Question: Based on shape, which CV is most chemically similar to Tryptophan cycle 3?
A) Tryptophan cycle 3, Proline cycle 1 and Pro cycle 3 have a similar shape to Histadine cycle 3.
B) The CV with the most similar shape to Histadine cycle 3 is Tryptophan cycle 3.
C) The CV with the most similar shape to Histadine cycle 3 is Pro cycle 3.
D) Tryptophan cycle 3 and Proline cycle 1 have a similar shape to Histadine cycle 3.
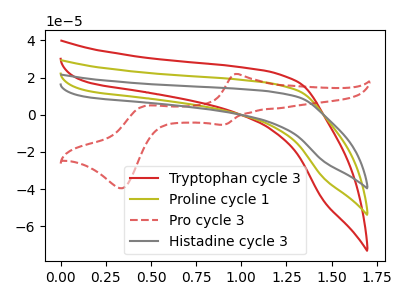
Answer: <think>The red curve "Tryptophan cycle 3" has no peaks. The olive curve "Proline cycle 1" has no peaks. The red dashed curve "Pro cycle 3" has anodic peaks at (0.95V, 21.90uA) (0.45V, 4.75uA) and cathodic peaks at (0.90V, -5.45uA) (0.35V, -39.50uA). The gray curve "Histadine cycle 3" has no peaks.
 Neither "Tryptophan cycle 3" or "Proline cycle 1" have any peaks. "Tryptophan cycle 3" and "Pro cycle 3" have a different number of peaks. Neither "Tryptophan cycle 3" or "Histadine cycle 3" have any peaks. "Proline cycle 1" and "Pro cycle 3" have a different number of peaks. Neither "Proline cycle 1" or "Histadine cycle 3" have any peaks. "Pro cycle 3" and "Histadine cycle 3" have a different number of peaks.</think>
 <answer>D) "Tryptophan cycle 3" and "Proline cycle 1" have a similar shape to "Histadine cycle 3".</answer>
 <eval>D</eval>